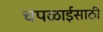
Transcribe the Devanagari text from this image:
चपळाईसाठी